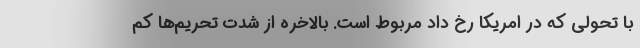
با تحولی که در امریکا رخ داد مربوط است. بالاخره از شدت تحریم‌ها کم